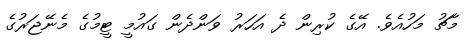
މާޗު މަހުއެވެ. އޭގެ ކުރިން ދެ އަހަރު ވަންދެން ގައުމީ ޓީމުގެ މެނޭޖަރުގެ